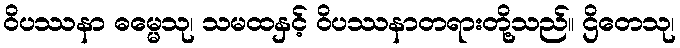
ဝိပဿနာ ဓမ္မေသု၊ သမထနှင့် ဝိပဿနာတရားတို့သည်။ ဌိတေသု၊